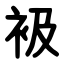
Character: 衱